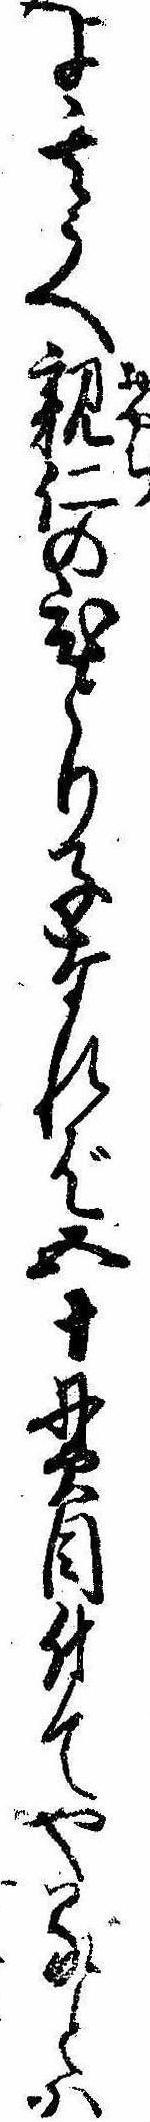
よ其うへ親仁のひとり子なれば五十貫目付てやるとは